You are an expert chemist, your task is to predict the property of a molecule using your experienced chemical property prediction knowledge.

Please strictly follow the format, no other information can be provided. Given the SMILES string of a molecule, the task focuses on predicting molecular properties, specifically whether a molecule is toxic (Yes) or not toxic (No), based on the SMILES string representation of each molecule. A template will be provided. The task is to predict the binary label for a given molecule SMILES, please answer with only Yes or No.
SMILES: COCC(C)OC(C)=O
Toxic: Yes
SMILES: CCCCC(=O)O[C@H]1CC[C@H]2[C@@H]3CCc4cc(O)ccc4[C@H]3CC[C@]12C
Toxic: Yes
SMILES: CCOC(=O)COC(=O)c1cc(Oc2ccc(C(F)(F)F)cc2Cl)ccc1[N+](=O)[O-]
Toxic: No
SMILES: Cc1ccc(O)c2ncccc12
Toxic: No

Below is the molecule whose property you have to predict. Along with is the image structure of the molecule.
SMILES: Cc1cc(C)c(C)c(O)c1
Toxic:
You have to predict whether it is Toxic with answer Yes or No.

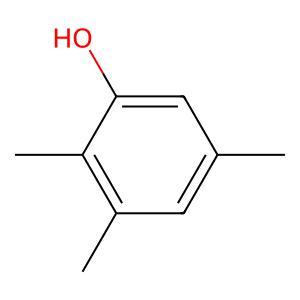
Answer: No